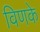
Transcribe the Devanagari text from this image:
विणके